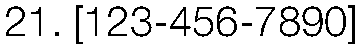
21. [123-456-7890]